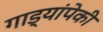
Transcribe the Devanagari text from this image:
गाड्यांपेकी